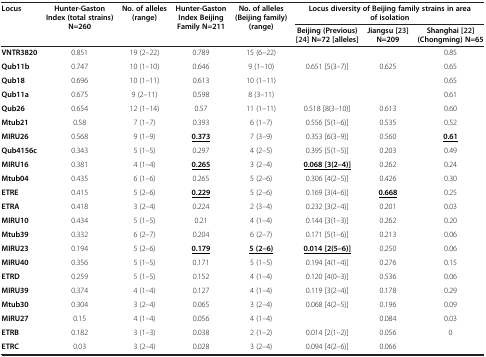
<table><thead><tr><td><b>Locus</b></td><td><b>Hunter-Gaston Index (total strains) N=260</b></td><td><b>No. of alleles (range)</b></td><td><b>Hunter-Gaston Index Beijing Family N=211</b></td><td><b>No. of alleles (Beijing family) (range)</b></td><td colspan="3"><b>Locus diversity of Beijing family strains in area of isolation</b></td></tr><tr><td><b> </b></td><td><b> </b></td><td><b> </b></td><td><b> </b></td><td><b> </b></td><td><b>Beijing (Previous) [24] N=72 [alleles]</b></td><td><b>Jiangsu [23] N=209</b></td><td><b>Shanghai [22] (Chongming) N=65</b></td></tr></thead><tbody><tr><td><b>VNTR3820</b></td><td>0.851</td><td>19 (2–22)</td><td>0.789</td><td>15 (6–22)</td><td> </td><td> </td><td>0.85</td></tr><tr><td><b>Qub11b</b></td><td>0.747</td><td>10 (1–10)</td><td>0.646</td><td>9 (1–10)</td><td>0.651 [5(3–7)]</td><td>0.625</td><td>0.65</td></tr><tr><td><b>Qub18</b></td><td>0.696</td><td>10 (1–11)</td><td>0.613</td><td>10 (1–11)</td><td> </td><td> </td><td>0.65</td></tr><tr><td><b>Qub11a</b></td><td>0.675</td><td>9 (2–11)</td><td>0.598</td><td>8 (3–11)</td><td> </td><td> </td><td>0.61</td></tr><tr><td><b>Qub26</b></td><td>0.654</td><td>12 (1–14)</td><td>0.57</td><td>11 (1–11)</td><td>0.518 [8(3–10)]</td><td>0.613</td><td>0.60</td></tr><tr><td><b>Mtub21</b></td><td>0.58</td><td>7 (1–7)</td><td>0.393</td><td>6 (1–7)</td><td>0.556 [5(1–6)]</td><td>0.535</td><td>0.52</td></tr><tr><td><b>MIRU26</b></td><td>0.568</td><td>9 (1–9)</td><td><b><underline>0.373</underline></b></td><td>7 (3–9)</td><td>0.353 [6(3–9)]</td><td>0.560</td><td><b><underline>0.61</underline></b></td></tr><tr><td><b>Qub4156c</b></td><td>0.343</td><td>5 (1–5)</td><td>0.297</td><td>4 (2–5)</td><td>0.395 [5(1–5)]</td><td>0.203</td><td>0.49</td></tr><tr><td><b>MIRU16</b></td><td>0.381</td><td>4 (1–4)</td><td><b><underline>0.265</underline></b></td><td>3 (2–4)</td><td><b><underline>0.068 [3(2–4)]</underline></b></td><td>0.262</td><td>0.24</td></tr><tr><td><b>Mtub04</b></td><td>0.435</td><td>6 (1–6)</td><td>0.265</td><td>5 (2–6)</td><td>0.306 [4(2–5)]</td><td>0.426</td><td>0.30</td></tr><tr><td><b>ETRE</b></td><td>0.415</td><td>5 (2–6)</td><td><b><underline>0.229</underline></b></td><td>5 (2–6)</td><td>0.169 [3(4–6)]</td><td><b><underline>0.668</underline></b></td><td>0.25</td></tr><tr><td><b>ETRA</b></td><td>0.418</td><td>3 (2–4)</td><td>0.224</td><td>2 (3–4)</td><td>0.232 [3(2–4)]</td><td>0.201</td><td>0.03</td></tr><tr><td><b>MIRU10</b></td><td>0.434</td><td>5 (1–5)</td><td>0.21</td><td>4 (1–4)</td><td>0.144 [3(1–3)]</td><td>0.262</td><td>0.20</td></tr><tr><td><b>Mtub39</b></td><td>0.332</td><td>6 (2–7)</td><td>0.204</td><td>6 (2–7)</td><td>0.171 [5(1–6)]</td><td>0.213</td><td>0.06</td></tr><tr><td><b>MIRU23</b></td><td>0.194</td><td>5 (2–6)</td><td><b><underline>0.179</underline></b></td><td><b><underline>5 (2–6)</underline></b></td><td><b><underline>0.014 [2(5–6)]</underline></b></td><td>0.250</td><td>0.06</td></tr><tr><td><b>MIRU40</b></td><td>0.356</td><td>5 (1–5)</td><td>0.171</td><td>5 (1–5)</td><td>0.194 [4(1–4)]</td><td>0.276</td><td>0.15</td></tr><tr><td><b>ETRD</b></td><td>0.259</td><td>5 (1–5)</td><td>0.152</td><td>4 (1–4)</td><td>0.120 [4(0–3)]</td><td>0.536</td><td>0.06</td></tr><tr><td><b>MIRU39</b></td><td>0.374</td><td>4 (1–4)</td><td>0.127</td><td>4 (1–4)</td><td>0.119 [3(2–4)]</td><td>0.178</td><td>0.29</td></tr><tr><td><b>Mtub30</b></td><td>0.304</td><td>3 (2–4)</td><td>0.065</td><td>3 (2–4)</td><td>0.068 [4(2–5)]</td><td>0.196</td><td>0.09</td></tr><tr><td><b>MIRU27</b></td><td>0.15</td><td>4 (1–4)</td><td>0.056</td><td>4 (1–4)</td><td> </td><td>0.084</td><td>0.03</td></tr><tr><td><b>ETRB</b></td><td>0.182</td><td>3 (1–3)</td><td>0.038</td><td>2 (1–2)</td><td>0.014 [2(1–2)]</td><td>0.056</td><td>0</td></tr><tr><td><b>ETRC</b></td><td>0.03</td><td>3 (2–4)</td><td>0.028</td><td>3 (2–4)</td><td>0.094 [4(2–6)]</td><td>0.066</td><td> </td></tr></tbody></table>